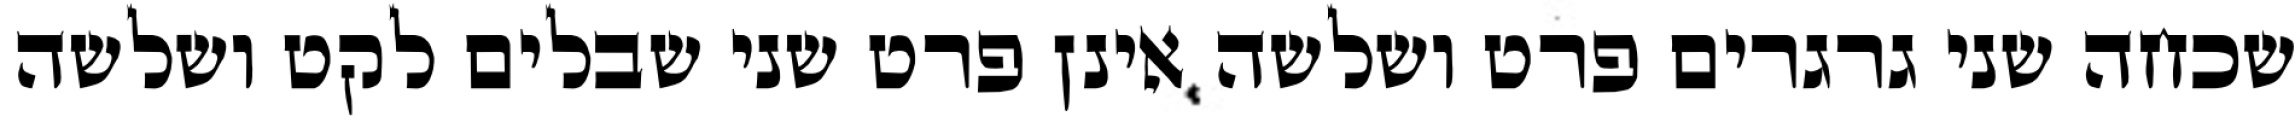
שכחה שני גרגרים פרט ושלשה אינן פרט שני שבלים לקט ושלשה